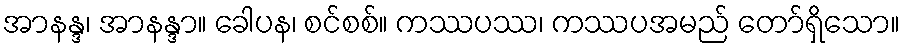
အာနန္ဒ၊ အာနန္ဒာ။ ခေါပန၊ စင်စစ်။ ကဿပဿ၊ ကဿပအမည် တော်ရှိသော။